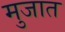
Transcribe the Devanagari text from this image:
मुजात